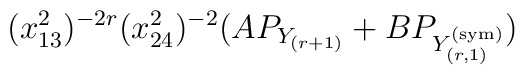
(x_{13}^2)^{-2r} (x_{24}^2)^{-2} (A P_{Y_{(r+1)}} + B P_{Y^{(\mathrm{sym})}_{(r,1)}})